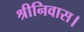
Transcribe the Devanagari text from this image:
श्रीनिवास।